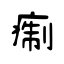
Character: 痸